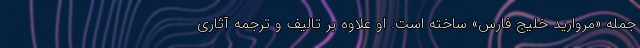
جمله «مروارید خلیج فارس» ساخته است. او علاوه بر تالیف و ترجمه آثاری